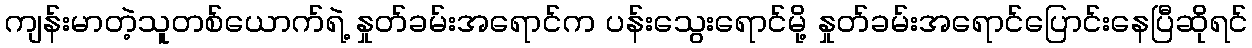
ကျန်းမာတဲ့သူတစ်ယောက်ရဲ့ နှုတ်ခမ်းအရောင်က ပန်းသွေးရောင်မို့ နှုတ်ခမ်းအရောင်ပြောင်းနေပြီဆိုရင်